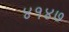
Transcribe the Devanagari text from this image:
४१४७